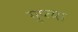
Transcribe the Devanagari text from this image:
गुप्त्या